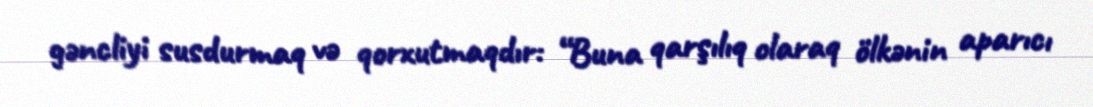
gəncliyi susdurmaq və qorxutmaqdır: “Buna qarşılıq olaraq ölkənin aparıcı